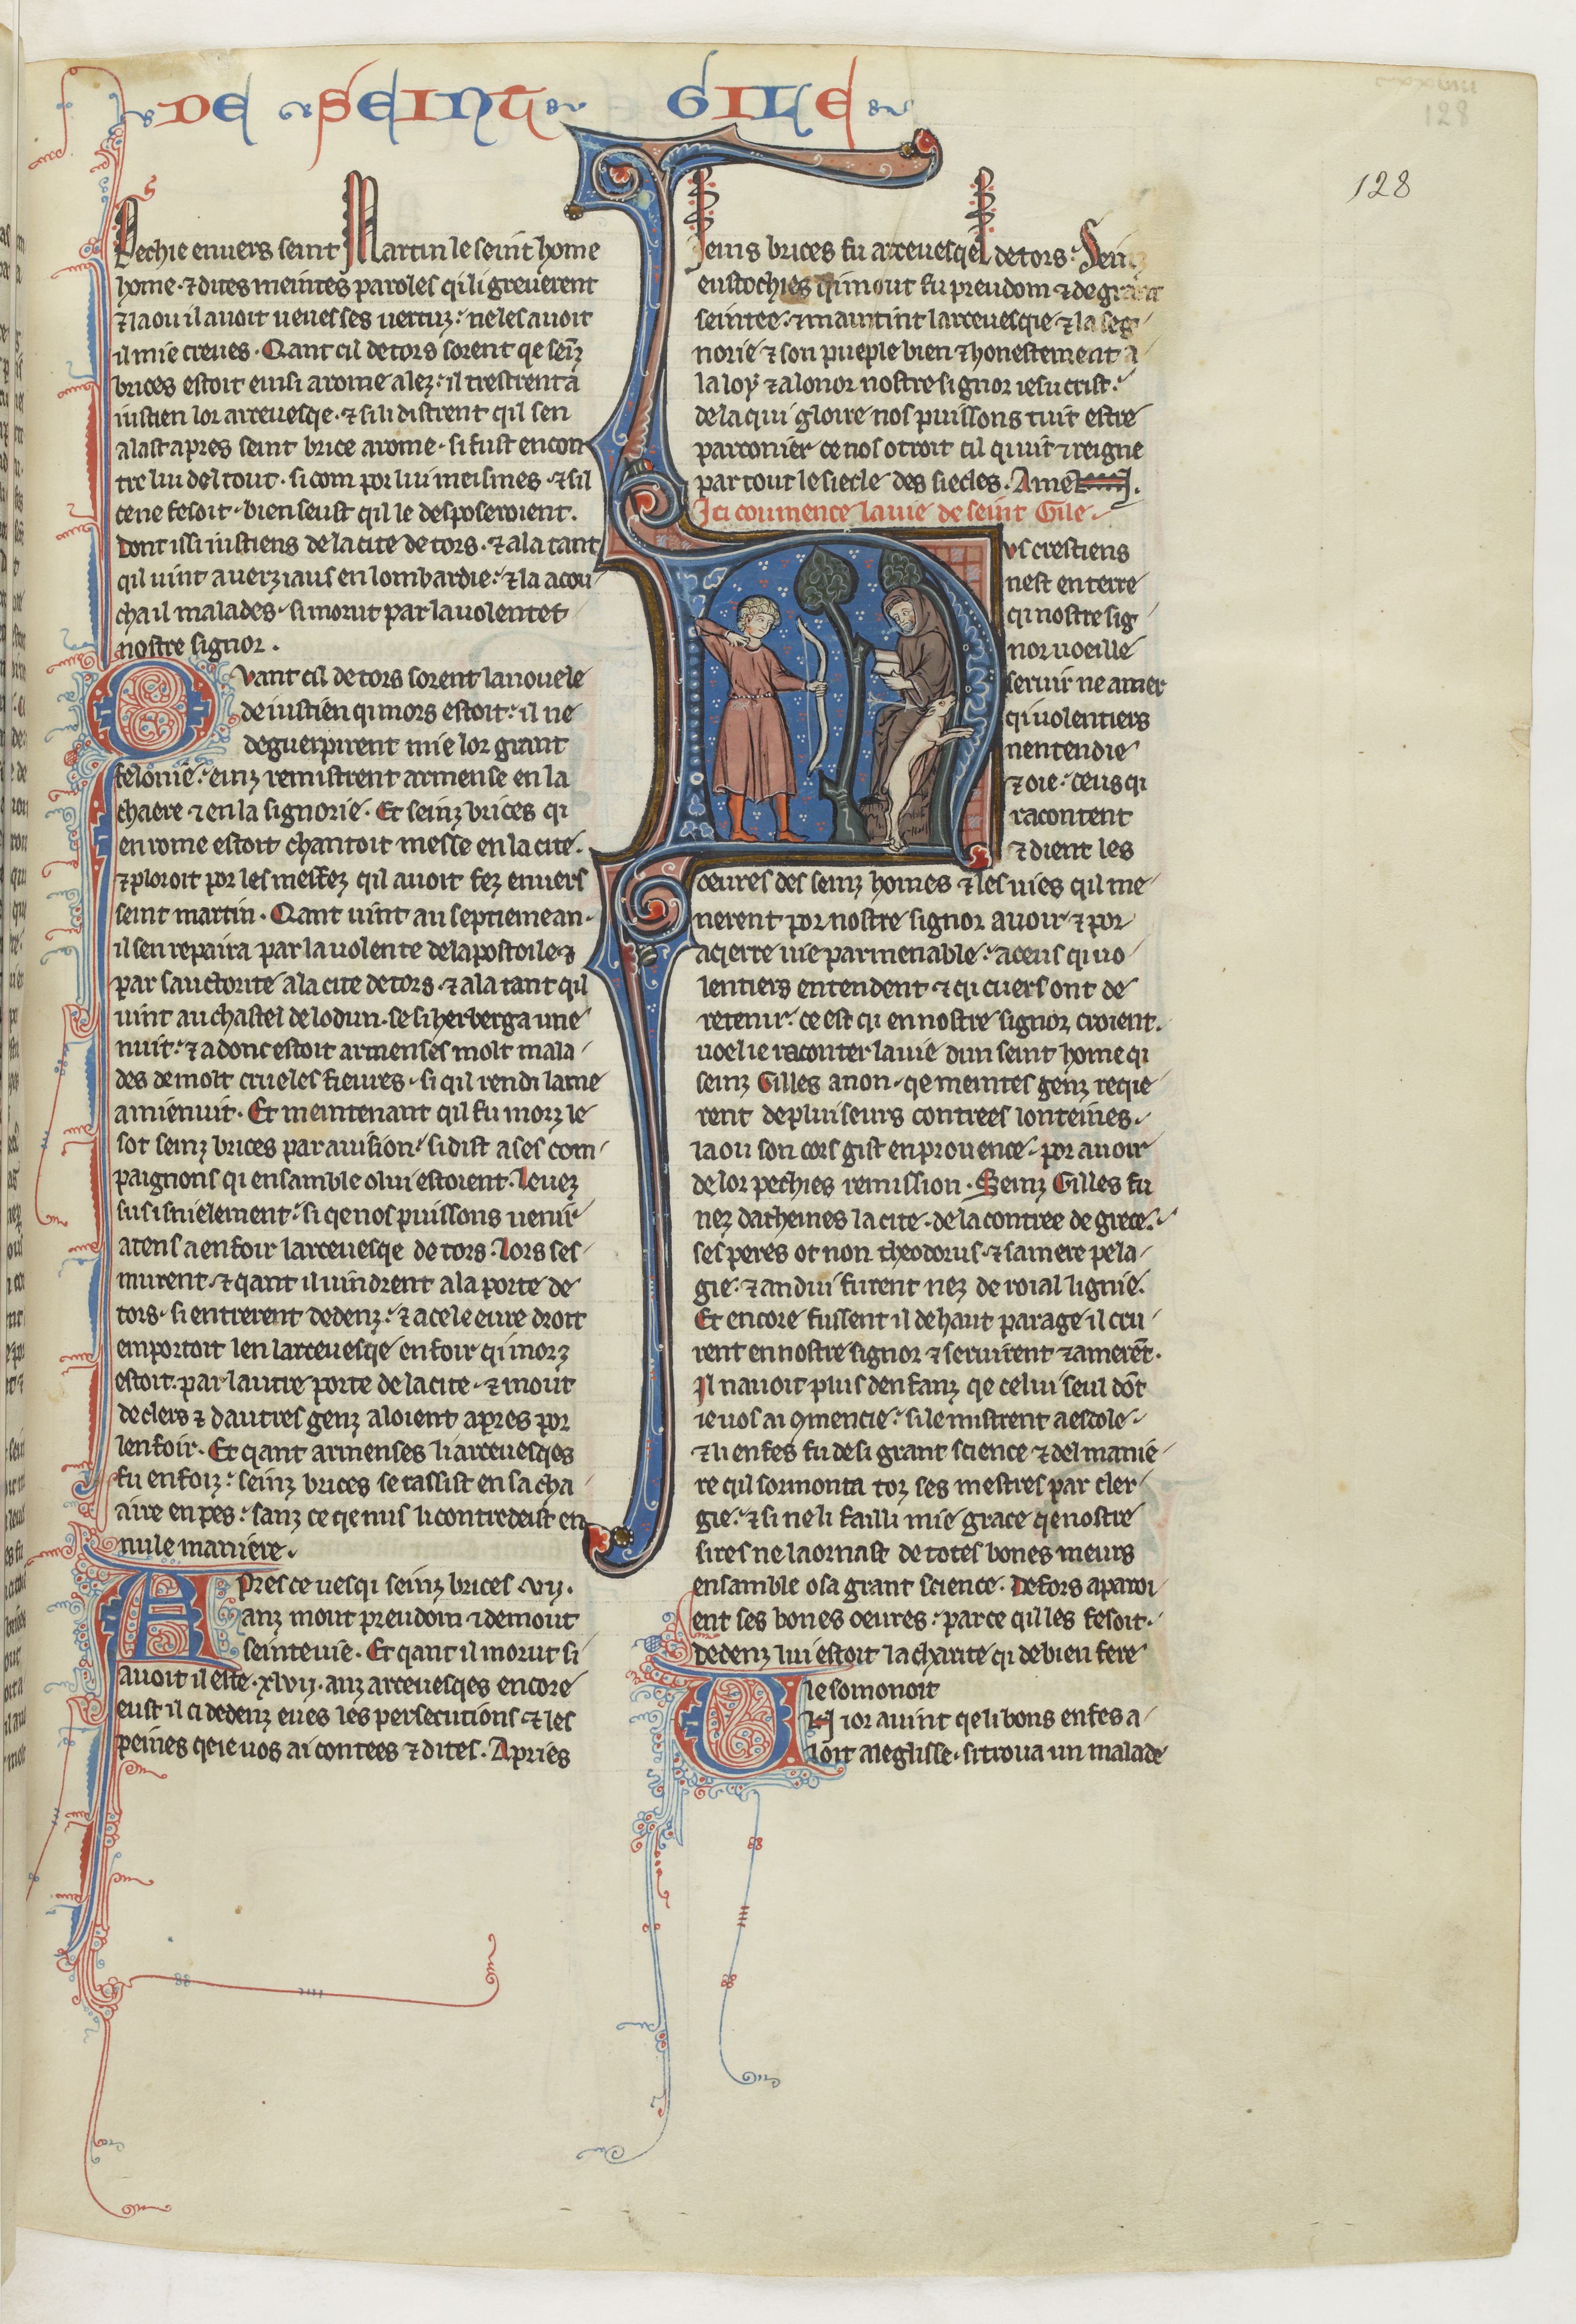
Shelfmark: Paris, BnF, fr. 412
Century: 13